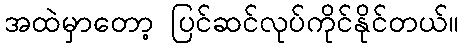
အထဲမှာတော့ ပြင်ဆင်လုပ်ကိုင်နိုင်တယ်။